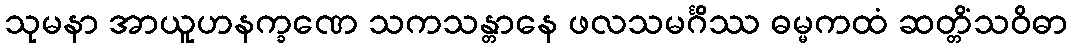
သုမနာ အာယူဟနက္ခဏေ သကသန္တာနေ ဖလသမင်္ဂိဿ ဓမ္မကထံ ဆတ္တိံသဝိဓာ